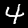
Label: 4